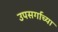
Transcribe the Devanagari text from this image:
उपसर्गाच्या